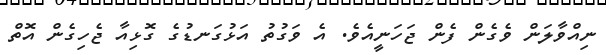
ނިއްވާލަން ވެގެން ފެން ޖަހަނީއެވެ. އެ ވަގުތު އަޅުގަނޑުގެ ގޮޅިއާ ޖެހިގެން އޮތް